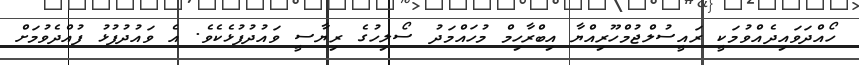
ހޯއްދަވައިދެއްވުމަކީ ރައީސުލްޖުމްހޫރިއްޔާ އިބްރާހިމް މުހައްމަދު ސޯލިހުގެ ރިޔާސީ ވައުދުފުޅެކެވެ. އެ ވައުދުފުޅު ފުއްދެވުމަށް